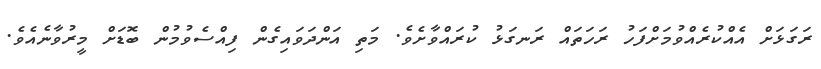
ރަގަޅަށް އެއްކުރެއްވުމަށްފަހު ރަހަތައް ރަނގަޅު ކުރައްވާށެވެ. މަތި އަންދަވައިގެން ފިއްސެވުމުން ބޮޑަށް މީރުވާނެއެވެ.